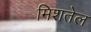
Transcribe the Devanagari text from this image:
मिशतेल